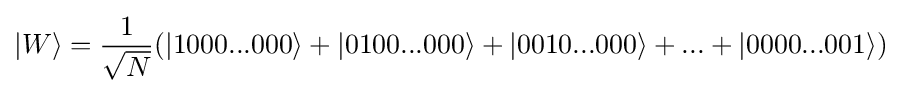
|W\rangle ={\frac {1}{\sqrt {N}}}(|1000...000\rangle +|0100...000\rangle +|0010...000\rangle +...+|0000...001\rangle )